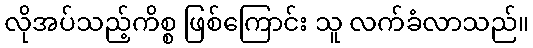
လိုအပ်သည့်ကိစ္စ ဖြစ်ကြောင်း သူ လက်ခံလာသည်။